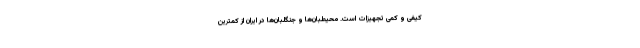
کیفی و کمی تجهیزات است. محیطبان‌ها و جنگلبان‌ها در ایران از کمترین